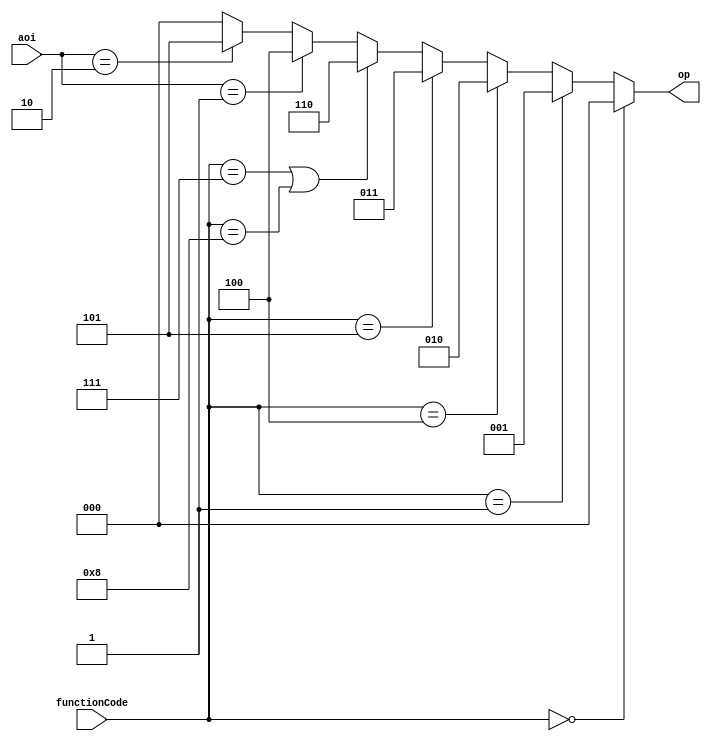
//ALU Control Unit

module aluCU (input [1:0] aoi,	/*ANDi, ORi*/
	      input [3:0] functionCode,
	      output reg [2:0] op);

always@(*)
begin
	if (functionCode == 4'b0000)
		op = 3'b000;
	else if (functionCode == 4'b0001)
		op = 3'b001;
	else if (functionCode == 4'b0100)
		op = 3'b010;
	else if (functionCode == 4'b0101)
		op = 3'b011;
	else if (functionCode == 4'b0111 || functionCode == 4'b1000)
		op = 3'b110;

	else if (aoi == 2'b01)
		op = 3'b100;
	else if (aoi == 2'b10)
		op = 3'b101;
	else
		op = 3'b000;
end

endmodule